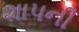
શાપની